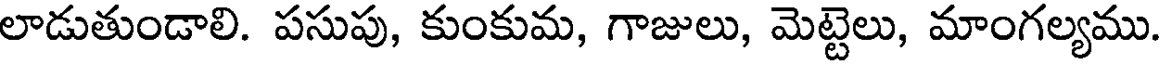
లాడుతుండాలి. పసుపు, కుంకుమ, గాజులు, మెట్టెలు, మాంగల్యము.